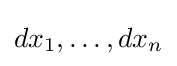
dx_{1},\dots ,dx_{n}